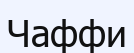
Чаффи